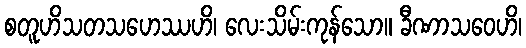
စတူဟိသတသဟေဿဟိ၊ လေးသိမ်းကုန်သော။ ခီဏာသဝေဟိ၊